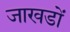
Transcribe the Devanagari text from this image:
जाखडों